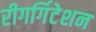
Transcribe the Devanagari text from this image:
रीगर्गिटेशन